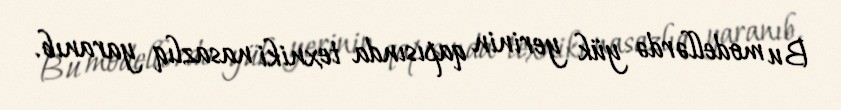
Bu modellərdə yük yerinin qapısında texniki nasazlıq yaranıb.